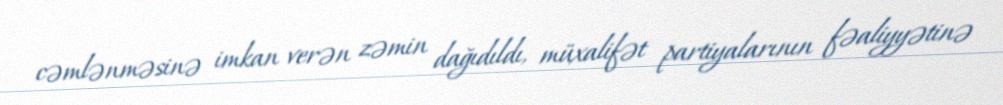
cəmlənməsinə imkan verən zəmin dağıdıldı, müxalifət partiyalarının fəaliyyətinə